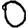
Digit: 0